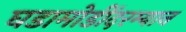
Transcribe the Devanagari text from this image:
घडामोडींदरम्यान